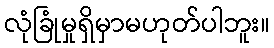
လုံခြုံမှုရှိမှာမဟုတ်ပါဘူး။